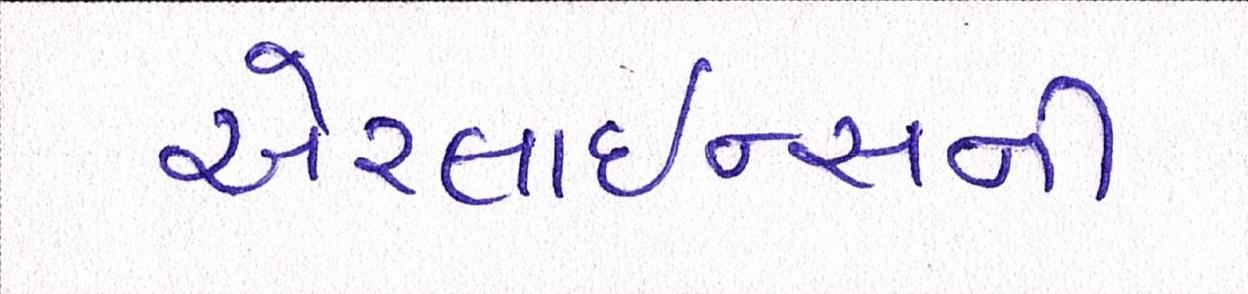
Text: એરલાઇન્સની